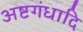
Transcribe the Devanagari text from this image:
अष्टगंधादि